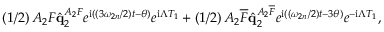
\left( 1 / 2 \right) A _ { 2 } F \hat { \mathbf { q } } _ { 2 } ^ { A _ { 2 } F } e ^ { \mathrm { i } \left( \left( 3 \omega _ { 2 n } / 2 \right) t - \theta \right) } e ^ { \mathrm { i } \Lambda T _ { 1 } } + \left( 1 / 2 \right) A _ { 2 } \overline { { F } } \hat { \mathbf { q } } _ { 2 } ^ { A _ { 2 } \overline { { F } } } e ^ { \mathrm { i } \left( \left( \omega _ { 2 n } / 2 \right) t - 3 \theta \right) } e ^ { - \mathrm { i } \Lambda T _ { 1 } } ,